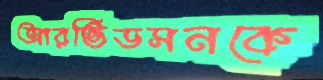
আরভিডসনকে